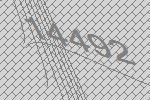
14492